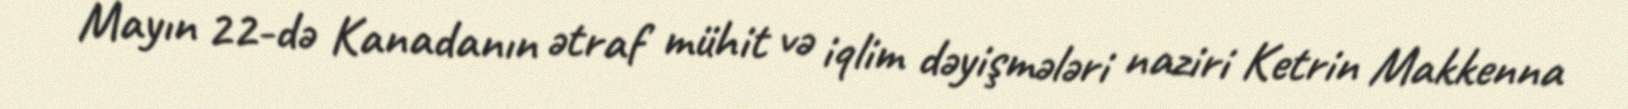
Mayın 22-də Kanadanın ətraf mühit və iqlim dəyişmələri naziri Ketrin Makkenna